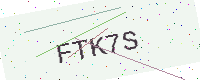
Text: FTK7S